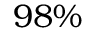
9 8 \%